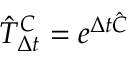
\hat { T } _ { \Delta t } ^ { C } = e ^ { \Delta t \hat { C } }